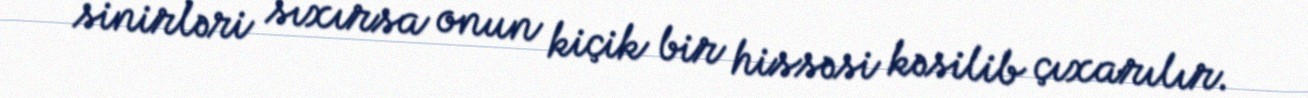
sinirləri sıxırsa onun kiçik bir hissəsi kəsilib çıxarılır.